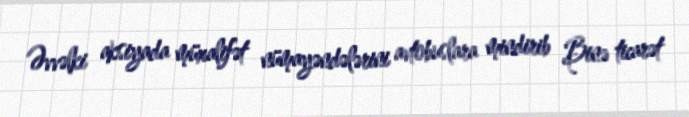
Əvvəlki aksiyada müxalifət nümayəndələrini avtobuslara mindirib Binə ticarət